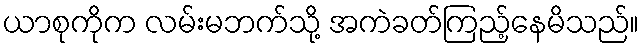
ယာစုကိုက လမ်းမဘက်သို့ အကဲခတ်ကြည့်နေမိသည်။